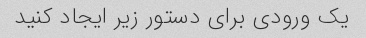
یک ورودی برای دستور زیر ایجاد کنید